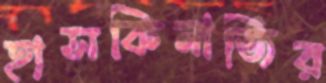
হাসকিনাজির